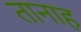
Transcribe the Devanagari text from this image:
तानाह